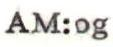
AM:og